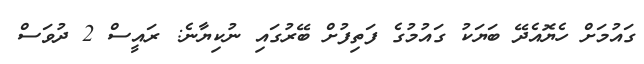
ގައުމަށް ހެޔޮއެދޭ ބަޔަކު ގައުމުގެ ފަތިފުށް ބޭރުގައި ނުކިޔާނެ: ރައީސް 2 ދުވަސް